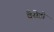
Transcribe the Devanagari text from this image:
वैसेही